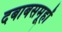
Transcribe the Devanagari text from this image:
दबाबसमूहों